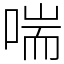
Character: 喘